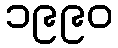
၁၉၉၀